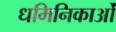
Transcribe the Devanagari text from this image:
धमिनिकाओं